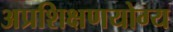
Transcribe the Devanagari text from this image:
अप्रशिक्षणयोग्य